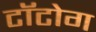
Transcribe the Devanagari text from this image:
टॉटोग